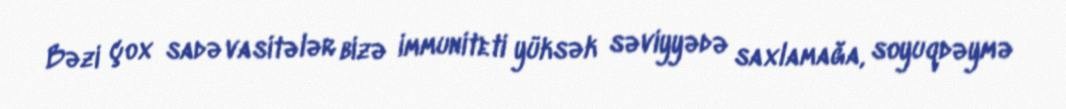
Bəzi çox sadə vasitələr bizə immuniteti yüksək səviyyədə saxlamağa, soyuqdəymə